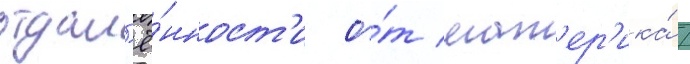
отдал'ё́нност'и о́т мат'ер'ика́ /